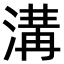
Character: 溝